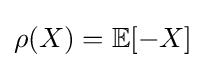
\rho (X)=\mathbb {E} [-X]